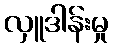
လှူဒါန်းမှု